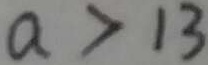
a > 1 3